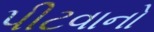
પીટવાનો